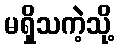
မရှိသကဲ့သို့